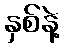
နှစ်နဲ့